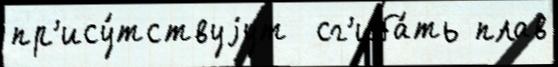
пр'ису́тствуjут  сг'иба́ть плав